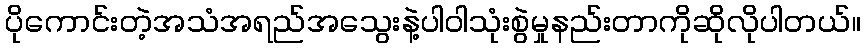
ပိုကောင်းတဲ့အသံအရည်အသွေးနဲ့ပါဝါသုံးစွဲမှုနည်းတာကိုဆိုလိုပါတယ်။